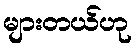
များတယ်ဟု